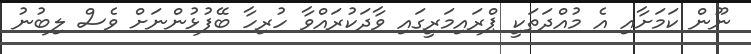
ނޫން ކަމަށާއި އެ މުއްދަތަކީ ޕްރައިމަރީގައި ވާދަކުރައްވާ ހުރިހާ ބޭފުޅުންނަށް ވެސް ލިބުނު